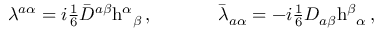
\begin{array} { c c } { { \lambda ^ { a \alpha } = i \textstyle { \frac { 1 } { 6 } } \bar { D } ^ { a \beta } \mathrm { h } ^ { \alpha } { } _ { \beta } \, , ~ ~ ~ ~ } } & { { ~ ~ ~ ~ \bar { \lambda } _ { a \alpha } = - i \textstyle { \frac { 1 } { 6 } } D _ { a \beta } \mathrm { h } ^ { \beta } { } _ { \alpha } \, , } } \end{array}